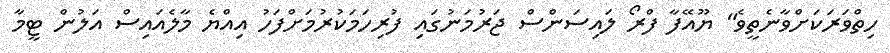
ހިތްވަރަކަށްވާނެތީވެ" ޔޫއޭފާ ފްރޯ ލައިސަންސް ޖަރުމަނުގައި ފުރިހަމަކުރުމަށްފަހު އިއްޔެ މާލެއައިސް އަލުން ޓީމާ